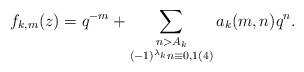
LaTeX: \begin{align*}f_{k,m}(z) = q^{-m} + \sum_{\substack{n > A_k\\ (-1)^{\lambda_k}n \equiv 0, 1 (4)}}a_k(m,n)q^n.\end{align*}